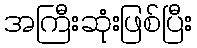
အကြီးဆုံးဖြစ်ပြီး